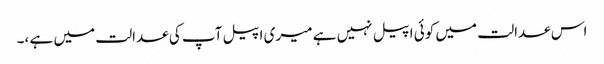
اس عدالت میں کوئی اپیل نہیں ہے میری اپیل آپ کی عدالت میں ہے ،۔